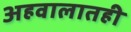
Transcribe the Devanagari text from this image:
अहवालातही